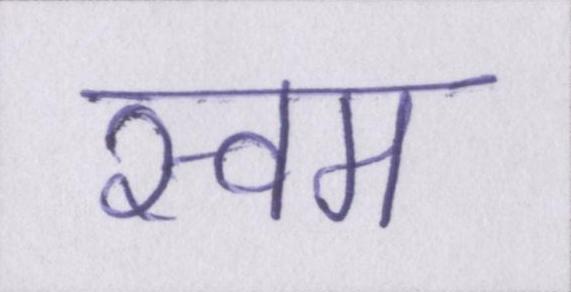
स्वम